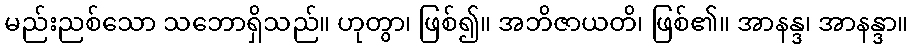
မည်းညစ်သော သဘောရှိသည်။ ဟုတွာ၊ ဖြစ်၍။ အဘိဇာယတိ၊ ဖြစ်၏။ အာနန္ဒ၊ အာနန္ဒာ။